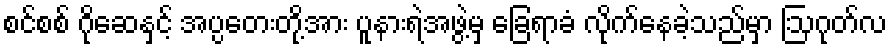
စင်စစ် ဂိုဆေနှင့် အပ္ပတေးတို့အား ပူနားရဲအဖွဲ့မှ ခြေရာခံ လိုက်နေခဲ့သည်မှာ ဩဂုတ်လ